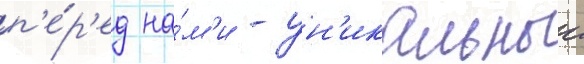
п'е́р'ед на́м'и - ун'икальныи